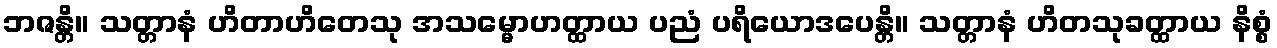
ဘဇန္တိ။ သတ္တာနံ ဟိတာဟိတေသု အသမ္မောဟတ္ထာယ ပညံ ပရိယောဒပေန္တိ။ သတ္တာနံ ဟိတသုခတ္ထာယ နိစ္စံ